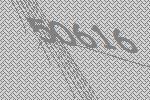
50616